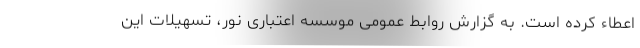
اعطاء کرده است. به گزارش روابط عمومی موسسه اعتباری نور، تسهیلات این